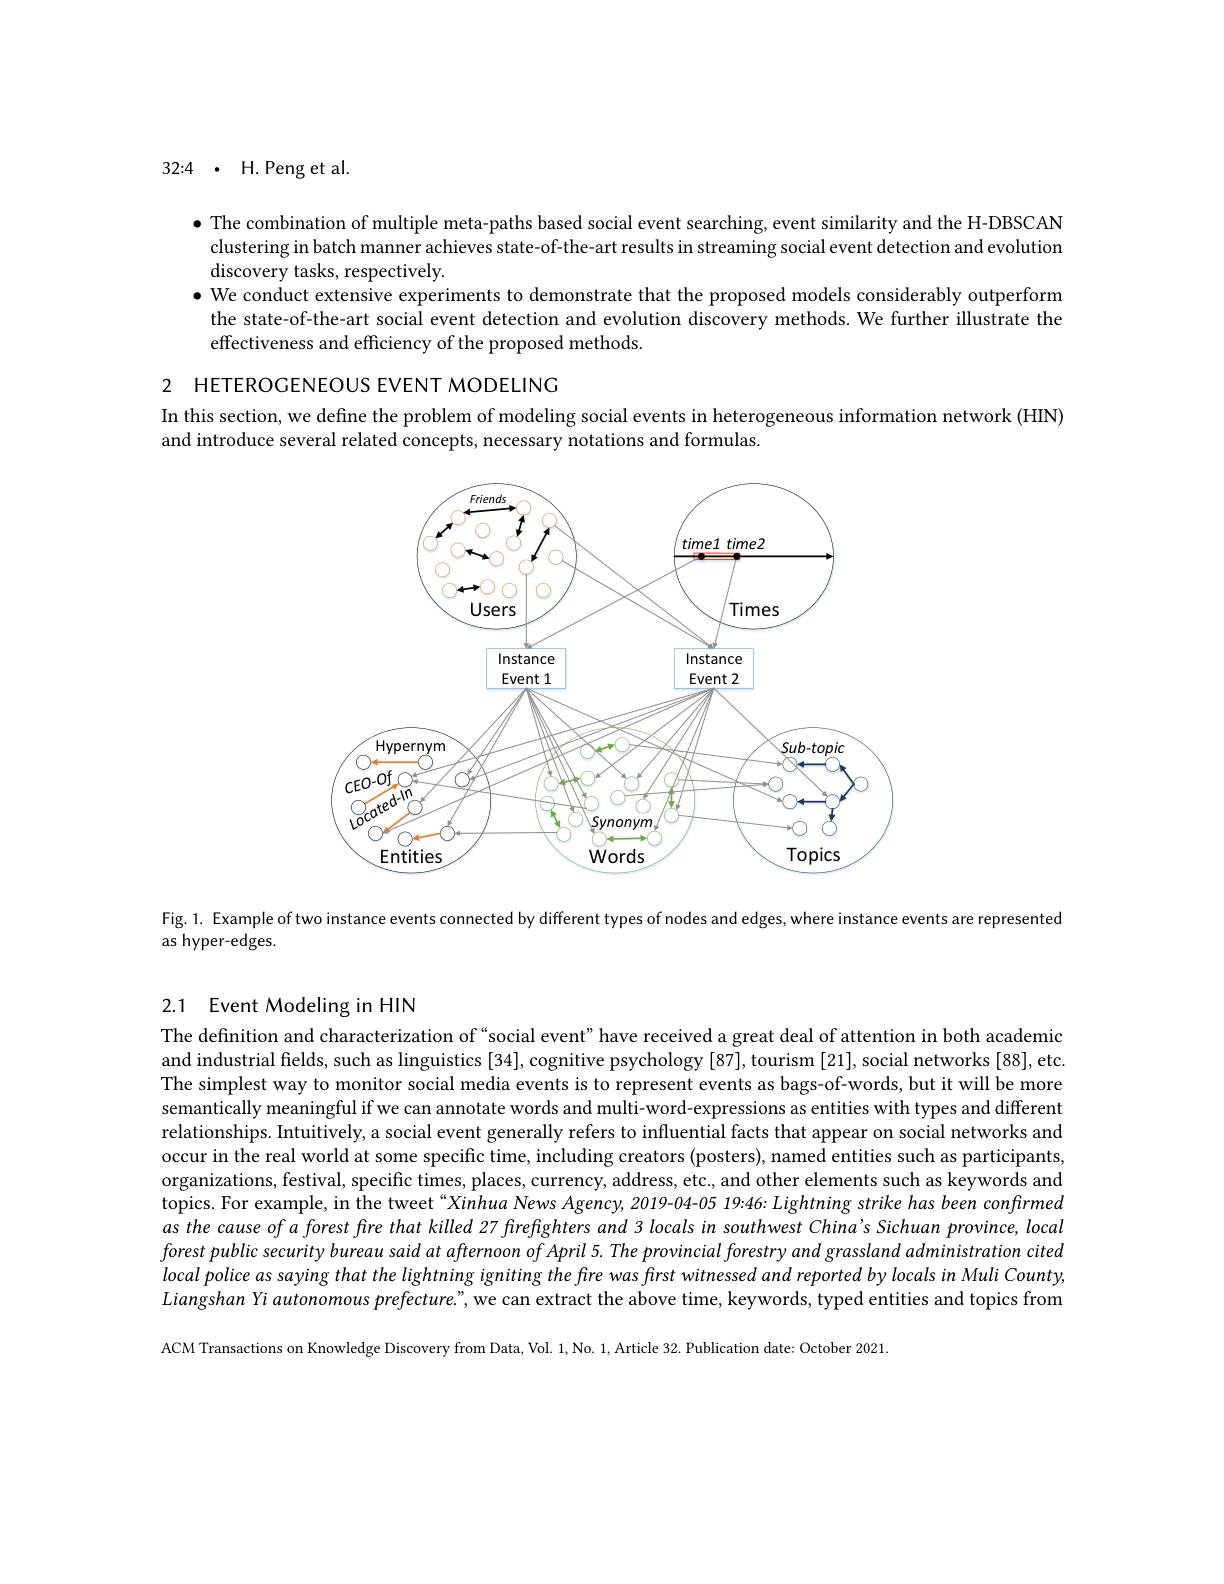
32{:}4 $\cdot$ H.Peng et al.

$\bullet$ The combination of multiple meta-paths based social event searching, event similarity and the H-DBSCAN clustering in batch manner achieves state-of-the-art results in streaming social event detection and evolution discovery tasks, respectively.
$\bullet$ We conduct extensive experiments to demonstrate that the proposed models considerably outperform
the state-of-the-art social event detection and evolution discovery methods. We further illustrate the
effectiveness and efficiency of the proposed methods

2 HETEROGENEOUS EVENT MODELING

In this section, we define the problem of modeling social events in heterogeneous information network (HIN)

and introduce several related concepts, necessary notations and formulas

<FigureHere>

Fig. 1. Example of two instance events connected by different types of nodes and edges, where instance events are represented

as hyper-edges.

## 2.1 Event Modeling in HIN

The definition and characterization of“social event”have received a great deal of attention in both academic and industrial felds, such as linguistics [34], cognitive psychology [87], tourism [21], social networks [88], etc. The simplest way to monitor social media events is to represent events as bags-of-words, but it will be more semantically meaningful if we can annotate words and multi-word-expressions as entities with types and different relationships. Intuitively, a social event generally refers to influential facts that appear on social networks and occur in the real world at some specific time, including creators (posters), named entities such as participants, organizations, festival, specific times, places, currency, address, etc., and other elements such as keywords and $\bar{\text{topics. For example, in the tweet“Xinhua News Agency, 2019-04-05 19:46: Lightning strike has been confirmed}}$ as the cause of a forest fire that killed 27 firefighters and 3 locals in southwest China's Sichuan province, local forest public security bureau said at afternoon of April 5. The provincial forestry and grassland administration cited local police as saying that the lightning igniting the fire was first witnessed and reported by locals in Muli County, Liangshan Yi autonomous prefecture." we can extract the above time, keywords, typed entities and topics from ACM Transactions on Knowledge Discovery from Data, Vol. 1, No. 1, Article 32. Publication date: October 2021.